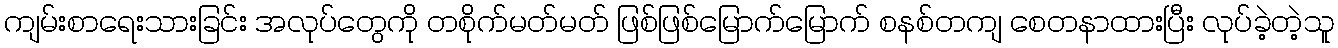
ကျမ်းစာရေးသားခြင်း အလုပ်တွေကို တစိုက်မတ်မတ် ဖြစ်ဖြစ်မြောက်မြောက် စနစ်တကျ စေတနာထားပြီး လုပ်ခဲ့တဲ့သူ